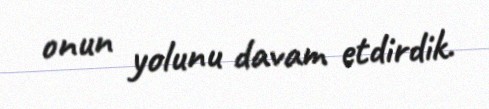
onun yolunu davam etdirdik.